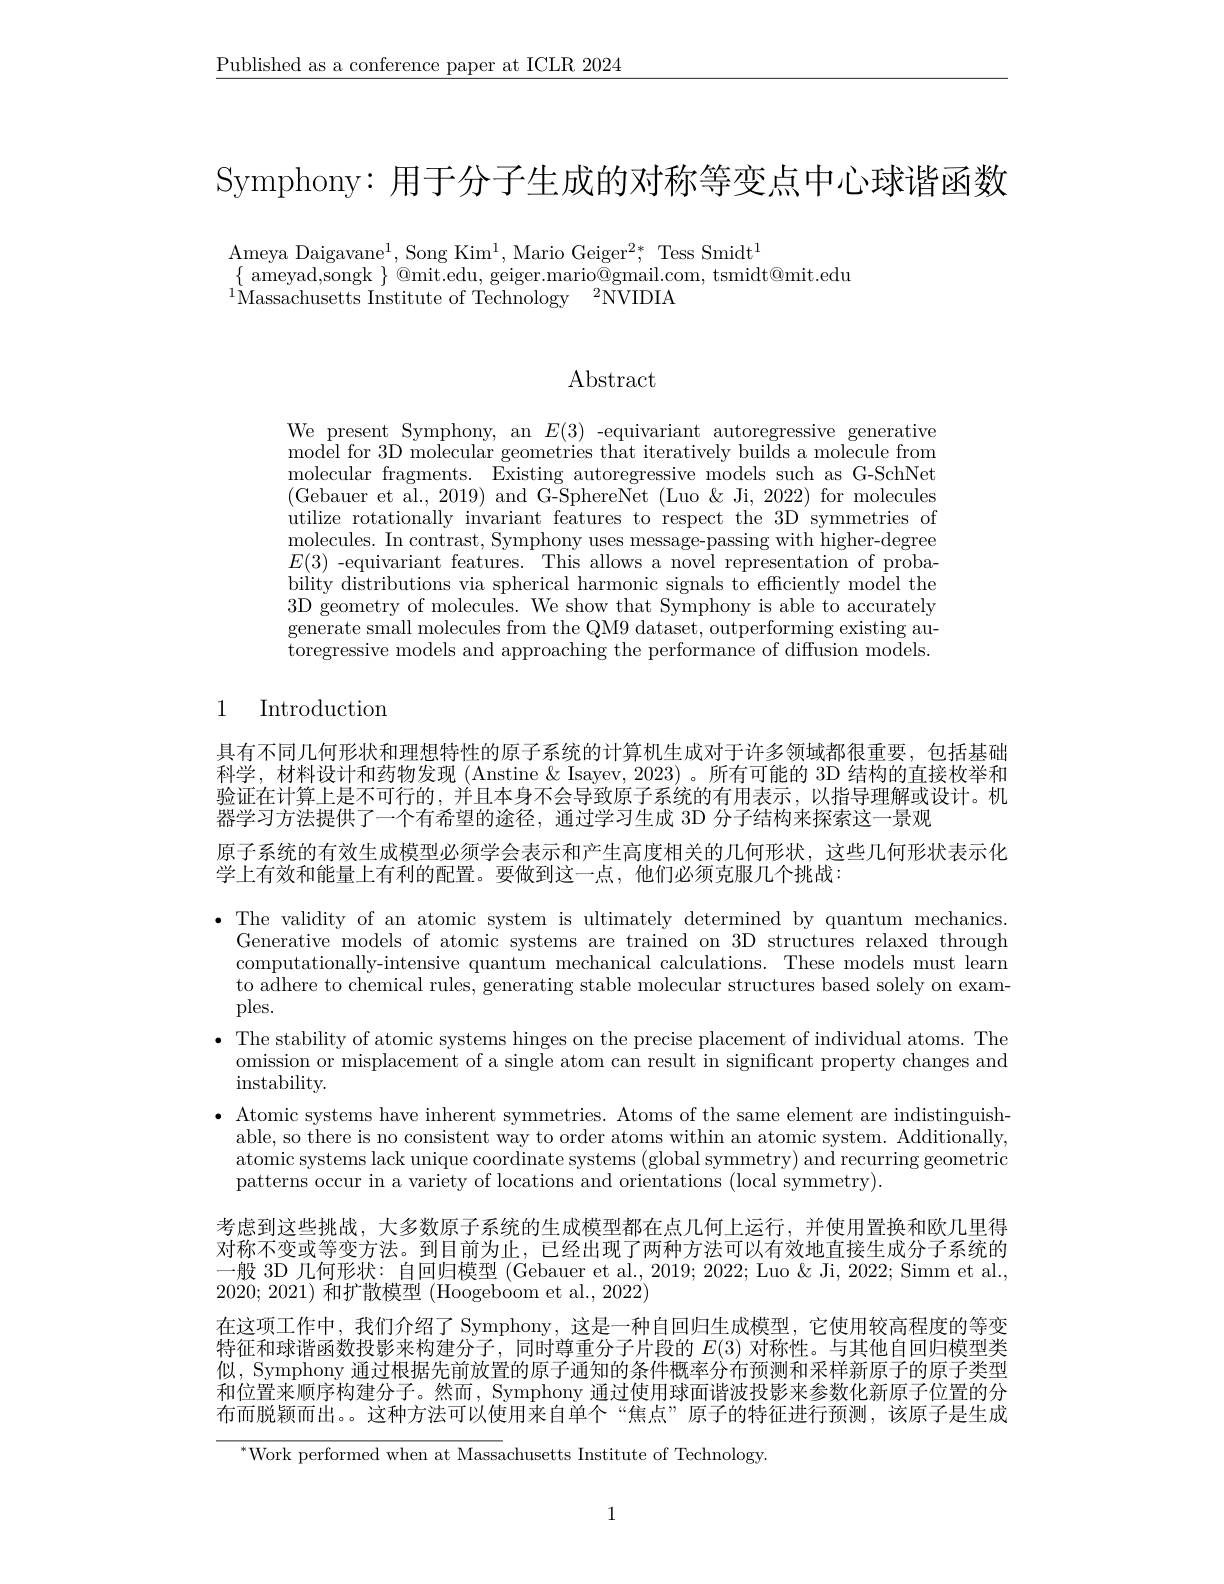
$\underline{\text{Published as a conference paper at ICLR 2024}}$

Symphony: 用于分子生成的对称等变点中心球谐函数

Ameya Daigavane$^1$,Song Kim$^1$,Mario Geiger$^2*$,Tess Smidt$^1$
$\{$ameyad,songk$\}$@mit.edu, geiger.mario@gmail.com, tsmidt@mit.edu
$^{1}$Massachusetts Institute of Technology$\:^2$NVIDIA

# $\operatorname{Abstract}$

We present Symphony, an $E(3)$ -equivariant autoregressive generative model for 3D molecular geometries that iteratively builds a molecule from molecular fragments. Existing autoregressive models such as G-SchNet (Gebauer et al., 2019) and G-SphereNet (Luo&&Ji, 2022) for molecules utilize rotationally invariant features to respect the 3D symmetries of molecules. In contrast, Symphony uses message-passing with higher-degree $E(3)$ -equivariant features. This allows a novel representation of probability distributions via spherical harmonic signals to efficiently model the 3D geometry of molecules. We show that Symphony is able to accurately generate small molecules from the QM9 dataset, outperforming existing autoregressive models and approaching the performance of diffusion models.

# 1 Introduction

具有不同几何形状和理想特性的原子系统的计算机生成对于许多领域都很重要，包括基础科学，材料设计和药物发现 (Anstine & Isayev, 2023) 。所有可能的 3D 结构的直接枚举和验证在计算上是不可行的，并且本身不会导致原子系统的有用表示，以指导理解或设计。机器学习方法提供了一个有希望的途径，通过学习生成 3D 分子结构来探索这一景观
原子系统的有效生成模型必须学会表示和产生高度相关的几何形状，这些几何形状表示化
学上有效和能量上有利的配置。要做到这一点，他们必须克服几个挑战：

$\bullet$The validity of an atomic system is ultimately determined by quantum mechanics.
Generative models of atomic systems are trained on 3D structures relaxed through computationally-intensive quantum mechanical calculations. These models must learn to adhere to chemical rules, generating stable molecular structures based solely on examples.
$\bullet$ The stability of atomic systems hinges on the precise placement of individual atoms. The
omission or misplacement of a single atom can result in significant property changes and
$\operatorname{instability}.$
$\bullet$ Atomic systems have inherent symmetries. Atoms of the same element are indistinguish-
able, so there is no consistent way to order atoms within an atomic system. Additionally, atomic systems lack unique coordinate systems (global symmetry) and recurring geometric patterns occur in a variety of locations and orientations (local symmetry).
考虑到这些挑战，大多数原子系统的生成模型都在点几何上运行，并使用置换和欧几里得对称不变或等变方法。到目前为止，已经出现了两种方法可以有效地直接生成分子系统的一般 3D 几何形状：自回归模型 (Gebauer et al., 2019; 2022; Luo & Ji, 2022; Simm et al., 2020; 2021) 和扩散模型 (Hoogeboom et al., 2022)
在这项工作中，我们介绍了 Symphony, 这是一种自回归生成模型，它使用较高程度的等变特征和球谐函数投影来构建分子，同时尊重分子片段的$E(3)$对称性。与其他自回归模型类似，Symphony 通过根据先前放置的原子通知的条件概率分布预测和采样新原子的原子类型和位置来顺序构建分子。然而，Symphony 通过使用球面谐波投影来参数化新原子位置的分布而脱颖而出。。这种方法可以使用来自单个“焦点”原子的特征进行预测，该原子是生成

$^{*}$Work performed when at Massachusetts Institute of Technology.

1